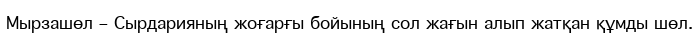
Мырзашөл – Сырдарияның жоғарғы бойының сол жағын алып жатқан құмды шөл.